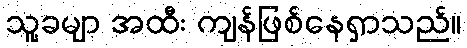
သူ့ခမျာ အထီး ကျန်ဖြစ်နေရှာသည်။